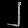
Digit: ၂